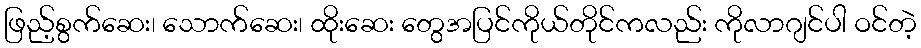
ဖြည့်စွက်ဆေး၊ သောက်ဆေး၊ ထိုးဆေး တွေအပြင်ကိုယ်တိုင်ကလည်း ကိုလာဂျင်ပါ ဝင်တဲ့